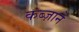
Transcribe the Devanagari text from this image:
कब्ज़ाने